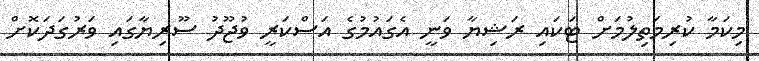
މިކަމާ ކުރިމަތިލުމަށް ޓަކައި ރަޝިޔާ ވަނީ އެގައުމުގެ އަސްކަރީ ވުޖޫދު ސޫރިޔާގައި ވަރުގަދަކޮށް